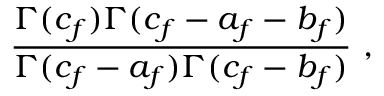
{ \frac { \Gamma ( c _ { f } ) \Gamma ( c _ { f } - a _ { f } - b _ { f } ) } { \Gamma ( c _ { f } - a _ { f } ) \Gamma ( c _ { f } - b _ { f } ) } } \ ,